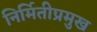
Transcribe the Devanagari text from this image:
निर्मितीप्रमुख